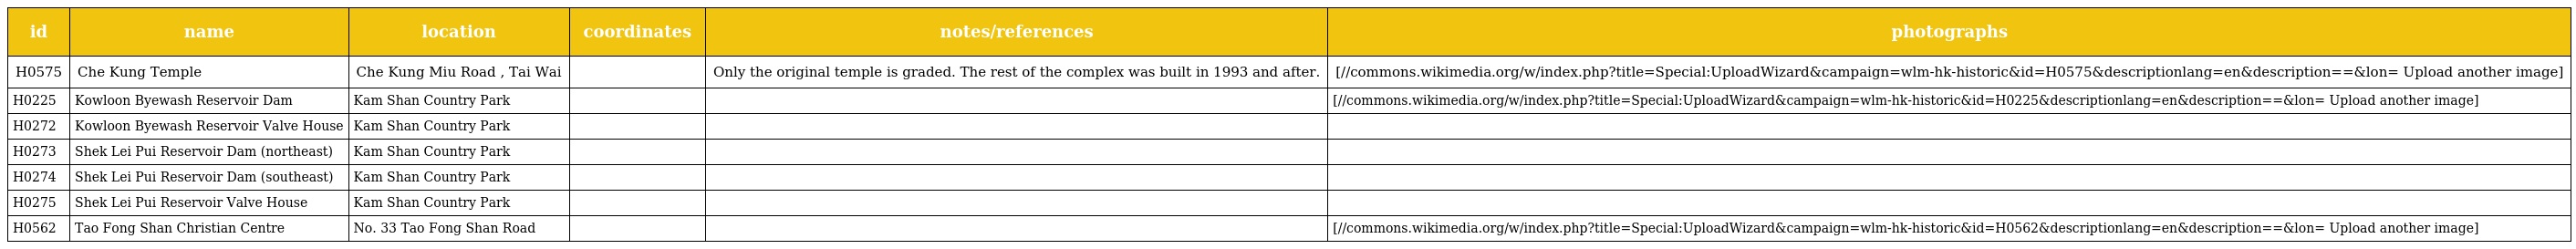
| id | name | location | coordinates | notes/references | photographs |
 | --- | --- | --- | --- | --- | --- |
 | H0575 | Che Kung Temple | Che Kung Miu Road , Tai Wai |  | Only the original temple is graded. The rest of the complex was built in 1993 and after. | [//commons.wikimedia.org/w/index.php?title=Special:UploadWizard&campaign=wlm-hk-historic&id=H0575&descriptionlang=en&description=⪫=&lon= Upload another image] |
 | H0225 | Kowloon Byewash Reservoir Dam | Kam Shan Country Park |  |  | [//commons.wikimedia.org/w/index.php?title=Special:UploadWizard&campaign=wlm-hk-historic&id=H0225&descriptionlang=en&description=⪫=&lon= Upload another image] |
 | H0272 | Kowloon Byewash Reservoir Valve House | Kam Shan Country Park |  |  |  |
 | H0273 | Shek Lei Pui Reservoir Dam (northeast) | Kam Shan Country Park |  |  |  |
 | H0274 | Shek Lei Pui Reservoir Dam (southeast) | Kam Shan Country Park |  |  |  |
 | H0275 | Shek Lei Pui Reservoir Valve House | Kam Shan Country Park |  |  |  |
 | H0562 | Tao Fong Shan Christian Centre | No. 33 Tao Fong Shan Road |  |  | [//commons.wikimedia.org/w/index.php?title=Special:UploadWizard&campaign=wlm-hk-historic&id=H0562&descriptionlang=en&description=⪫=&lon= Upload another image] |